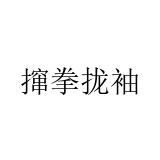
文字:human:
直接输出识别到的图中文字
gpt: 撺拳拢袖